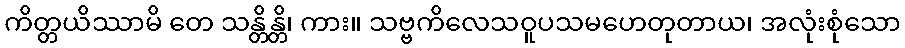
ကိတ္တယိဿာမိ တေ သန္တိန္တိ၊ ကား။ သဗ္ဗကိလေသဝူပသမဟေတုတာယ၊ အလုံးစုံသော